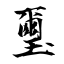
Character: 璽